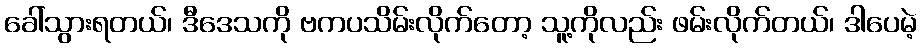
ခေါ်သွားရတယ်၊ ဒီဒေသကို ဗကပသိမ်းလိုက်တော့ သူ့ကိုလည်း ဖမ်းလိုက်တယ်၊ ဒါပေမဲ့